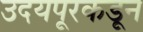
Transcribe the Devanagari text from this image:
उदयपूरकडून